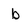
Character: b